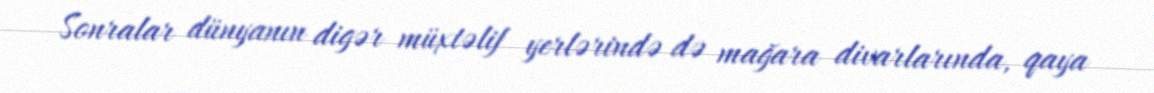
Sonralar dünyanın digər müxtəlif yerlərində də mağara divarlarında, qaya